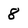
Character: 8